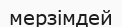
мерзімдей